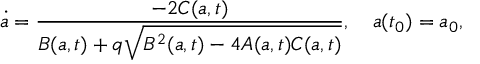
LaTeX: \dot { a } = \frac { - 2 C ( a , t ) } { B ( a , t ) + q \sqrt { B ^ { 2 } ( a , t ) - 4 A ( a , t ) C ( a , t ) } } , \quad a ( t _ { 0 } ) = a _ { 0 } ,